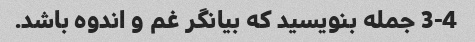
3-4 جمله بنویسید که بیانگر غم و اندوه باشد.